Report of an investigation into the causes of malaria in Bombay and the measures necessary for its control
Disease focus: Malaria
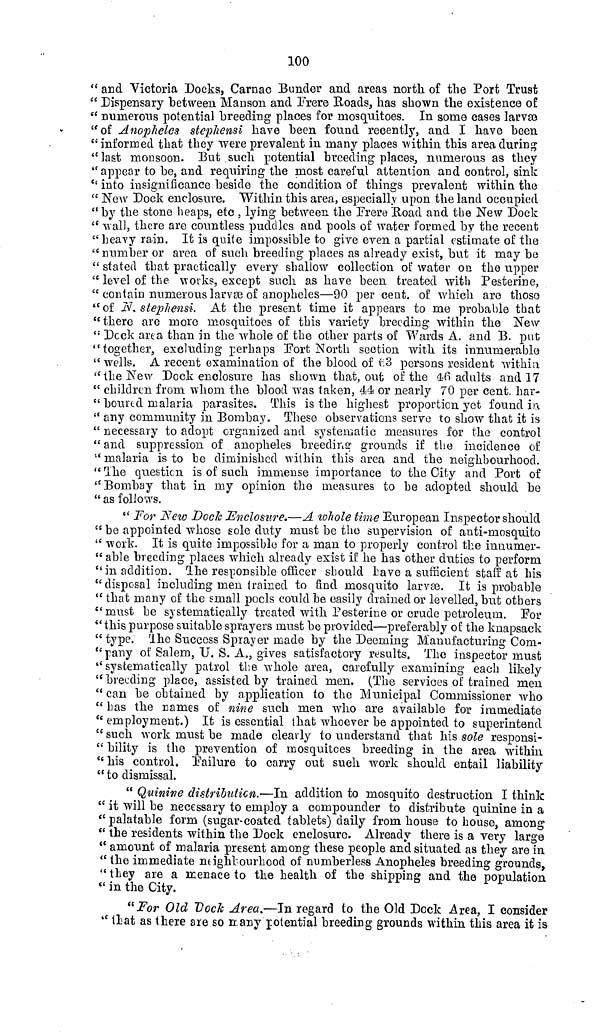
100
" and Victoria Docks, Carnac Bunder and areas north of the Port Trust
" Dispensary between Manson and Frere Roads, has shown the existence of
" numerous potential breeding places for mosquitoes. In some cases larvae
"of Anopheles stephensi have been found recently, and I have been
"informed that they were prevalent in many places within this area during
" last monsoon. But such potential breeding places, numerous as they
" appear to be, and requiring the most careful attention and control, sink
" into insignificance beside the condition of things prevalent within the
" New Dock enclosure. Within this area,, especially upon the land occupied
"by the stone heaps, etc , lying between the Frere Road and the New Dock
" wall, there are countless puddles and pools of water formed by the recent
" heavy rain. It is quite impossible to give even a partial estimate of the
" number or area of such breeding places as already exist, but it may be
" stated that practically every shallow collection of water on the upper
" level of the works, except such as have been treated with Pesterine,
" contain numerous larvae of anopheles—90 per cent. of which are those
"of N. stephensi. At the present time it appears to me probable that
"there are more mosquitoes of this variety breeding within the New
" Deck area than in the whole of the other parts of Wards A. and B. put
"together, excluding perhaps Fort North section with its innumerable
"wells, A recent examination of the blood of 0:3 persons resident within
" the New Deck enclosure has shown that, out of the 46 adults and 17
" children from whom the blood was taken, 44 or nearly 70 per cent. har-
" boured malaria parasites. This is the highest proportion yet found in
" any community in Bombay. These observations serve to show that it is
" necessary to adopt organized and systematic measures for the control
" and suppression of anopheles breeding grounds if the incidence of
" malaria is to be diminished within this area, and the neighbourhood.
" The question is of such immense importance to the City and Port of
" Bombay that in my opinion the measures to be adopted should be
" as follows.
" For New DOCK Enclosure.—A whole time European Inspector should
" be appointed whose sole duty must be the supervision of anti-mosquito
" work. It is quite impossible for a man to properly control the innumer-
" able breeding places which already exist if he has other duties to perform
"in addition. The responsible officer should have a sufficient stall at his
"disposal including men trained to find mosquito larvae. It is probable
" that many of the email pools could be easily drained or levelled, but others
"must be systematically treated with Pesterine or crude petroleum. For
"this purpose suitable sprayers must be provided—preferably of the knapsack
"type, the Success Sprayer made by the Deeming Manufacturing Com-
" pany of Salem, U. S. A,, gives satisfactory results. The inspector must
"systematically patrol the whole area, carefully examining each likely
"breeding place, assisted by trained men. (The services of trained men
"can be obtained by application to the Municipal Commissioner who
" has the names of nine such men who are available for immediate
" employment.) It is essential that whoever be appointed to superintend
" such work must be made clearly to understand that his sole responsi-
" bility is the prevention of mosquitoes breeding in the area within
" his control. Failure to carry out such work should entail liability
" to dismissal.
" Quinine distribution.—In addition to mosquito destruction I think
" it will be necessary to employ a compounder to distribute quinine in a
" palatable form (sugar-coated tablets) daily from house to house, among
" the residents within the Dock enclosure. Already there is a very large
" amount of malaria present among these people and situated as they are in
" the immediate neighbourhood of numberless Anopheles breeding grounds,
" they are a menace to the health of the shipping and the population
" in the City.
"For Old "Dock Area.—In regard to the Old Deck Area, I consider
" that as there are so many potential breeding grounds within this area it is